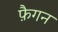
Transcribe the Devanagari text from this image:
फ़ैगन